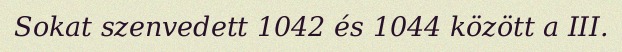
Sokat szenvedett 1042 és 1044 között a III.